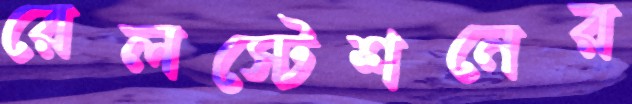
রেলস্টেশনের